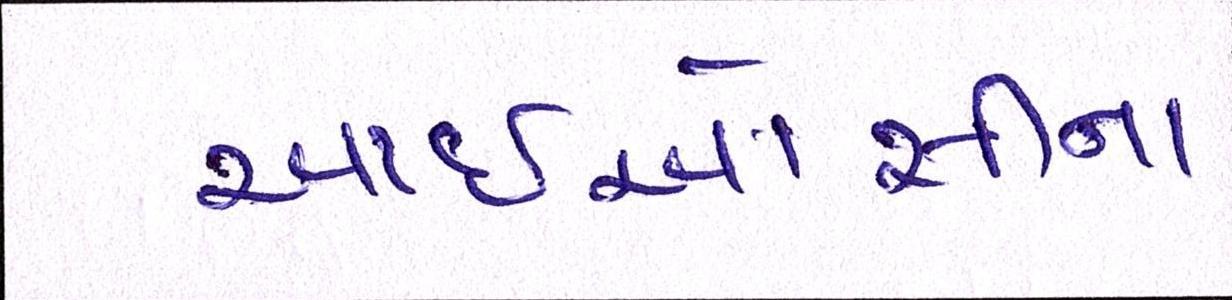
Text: આઈઓસીના